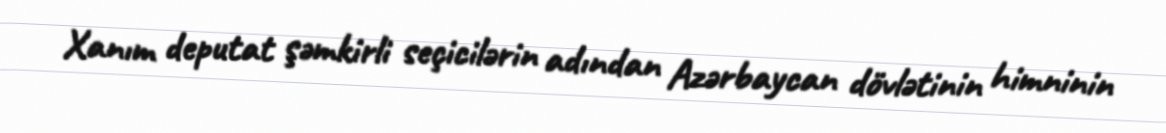
Xanım deputat şəmkirli seçicilərin adından Azərbaycan dövlətinin himninin